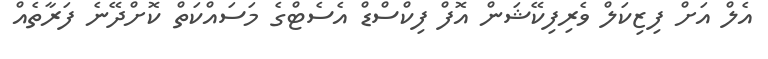
އެލް އަށް ފިޒިކަލް ވެރިފިކޭޝަން އޮފް ފިކްސްޑް އެސެޓްގެ މަސައްކަތް ކޮށްދޭނެ ފަރާތެއް